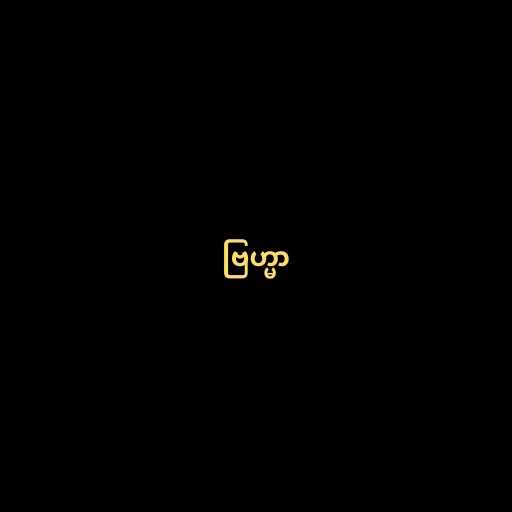
ဗြဟ္မာ